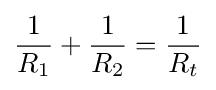
{\frac {1}{R_{1}}}+{\frac {1}{R_{2}}}={\frac {1}{R_{t}}}